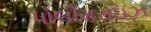
પોલીમરાઇઝ